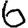
Digit: 6